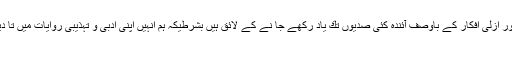
لہٰذا یہ بات كہی جا سكتی ہے كہ اقبال نہ صرف اپنے عہد بلكہ اپنی تخلیقی خصوصیات اور ازلی افكار كے باوصف آئندہ كئی صدیوں تك یاد ركھے جا نے كے لائق ہیں بشرطیكہ ہم انہیں اپنی ادبی و تہذیبی روایات میں تا دیر زندہ ركھنے كے اسباب فراہم كر سكیں لہٰذا سب سے پہلے تو ہمیں طے كرنا ہوگا كہ:
١۔